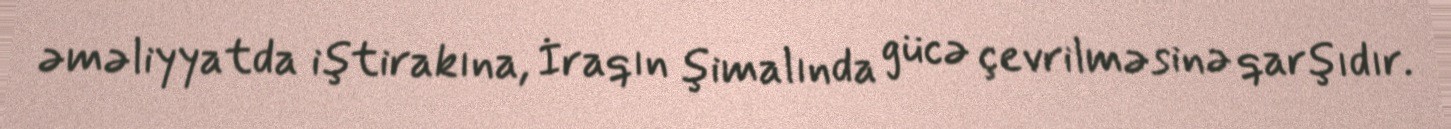
əməliyyatda iştirakına, İraqın şimalında gücə çevrilməsinə qarşıdır.